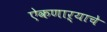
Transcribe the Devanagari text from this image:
ऐकणाऱ्याचे